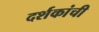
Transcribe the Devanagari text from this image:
दर्शकांची